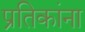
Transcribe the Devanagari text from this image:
प्रतिकांना